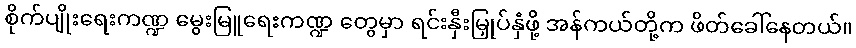
စိုက်ပျိုးရေးကဏ္ဍ မွေးမြူရေးကဏ္ဍ တွေမှာ ရင်းနှီးမြှုပ်နှံဖို့ အန်ကယ်တို့က ဖိတ်ခေါ်နေတယ်။